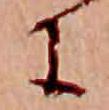
に